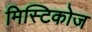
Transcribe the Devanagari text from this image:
मिस्टिकोज